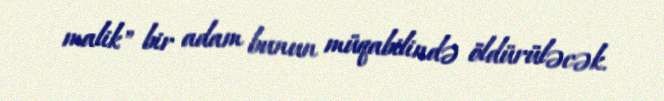
malik" bir adam bunun müqabilində öldürüləcək.